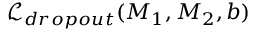
\mathcal { L } _ { d r o p o u t } ( \boldsymbol { M } _ { 1 } , \boldsymbol { M } _ { 2 } , \boldsymbol { b } )